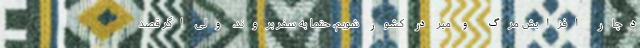
دچار افزایش مرگ و میر در کشور شویم، حتما به سفر بروند، ولی اگر قصد